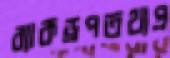
ব্যাকড্রপতথ্যপ্র